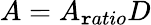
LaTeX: A=A_{\mathtt{r}atio}D